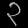
Digit: ၃